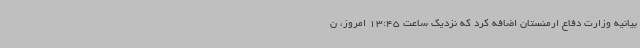
بیانیه وزارت دفاع ارمنستان اضافه کرد که نزدیک ساعت 13:45 امروز، ن